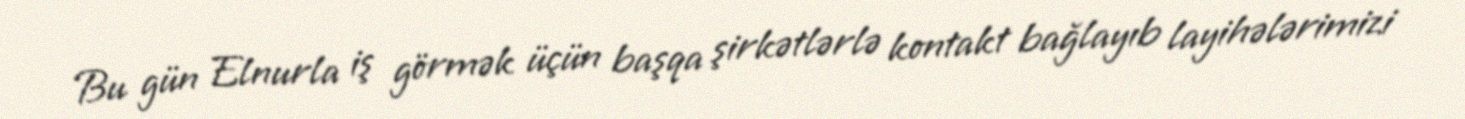
Bu gün Elnurla iş görmək üçün başqa şirkətlərlə kontakt bağlayıb layihələrimizi